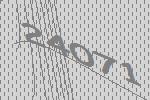
24071